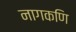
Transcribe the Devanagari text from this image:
नागकणि